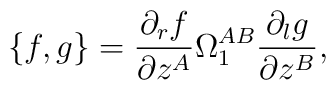
\{f,g\}=\frac{\partial _rf}{\partial z^A}\Omega^{AB}_{1} \frac{\partial_lg}{\partial z^B},